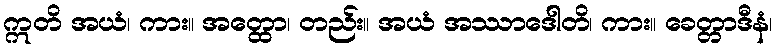
ဣတိ အယံ၊ ကား။ အတ္ထော၊ တည်း။ အယံ အဿာဒေါတိ၊ ကား။ ခေတ္တာဒီနံ၊